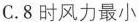
C.8时风力最小